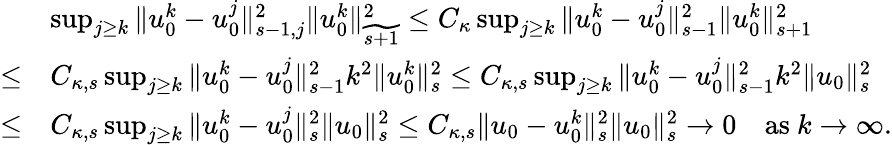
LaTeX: \begin{array}{rl}&{\operatorname*{sup}_{j\geq k}\| u_{0}^{k}-u_{0}^{j}\| _{s-1,j}^{2}\| u_{0}^{k}\| _{\widetilde{s+1}}^{2}\leq C_{\kappa}\operatorname*{sup}_{j\geq k}\| u_{0}^{k}-u_{0}^{j}\| _{s-1}^{2}\| u_{0}^{k}\| _{s+1}^{2}}\\ {\leq}&{C_{\kappa,s}\operatorname*{sup}_{j\geq k}\| u_{0}^{k}-u_{0}^{j}\| _{s-1}^{2}k^{2}\| u_{0}^{k}\| _{s}^{2}\leq C_{\kappa,s}\operatorname*{sup}_{j\geq k}\| u_{0}^{k}-u_{0}^{j}\| _{s-1}^{2}k^{2}\| u_{0}\| _{s}^{2}}\\ {\leq}&{C_{\kappa,s}\operatorname*{sup}_{j\geq k}\| u_{0}^{k}-u_{0}^{j}\| _{s}^{2}\| u_{0}\| _{s}^{2}\leq C_{\kappa,s}\| u_{0}-u_{0}^{k}\| _{s}^{2}\| u_{0}\| _{s}^{2}\to 0\quad\mathrm{as~}k\to\infty.}\end{array}